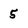
Character: 5